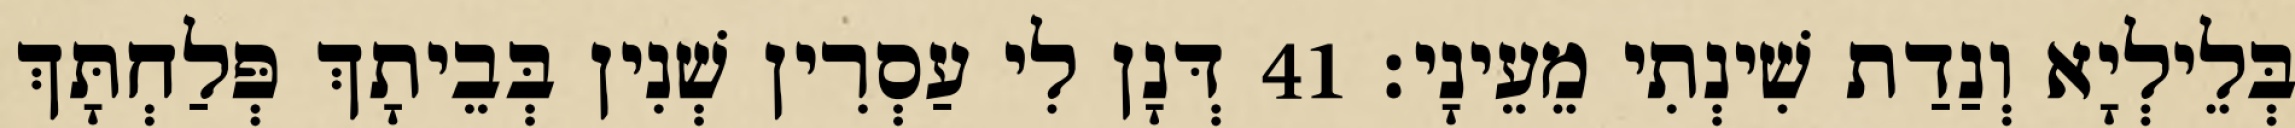
בְּלֵילְיָא וְנַדַת שִׁינְתִי מֵעֵינָי׃ 41 דְּנָן לִי עַסְרִין שְׁנִין בְּבֵיתָךְ פְּלַחְתָּךְ